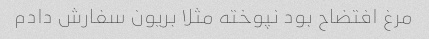
مرغ افتضاح بود نپوخته مثلا بریون سفارش دادم